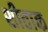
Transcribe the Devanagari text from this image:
शीताक